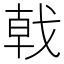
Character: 戟